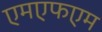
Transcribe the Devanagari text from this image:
एमएफएम